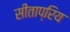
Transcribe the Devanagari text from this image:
सीताप्रिय